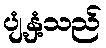
ပျံ့နှံ့သည်